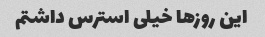
این روزها خیلی استرس داشتم